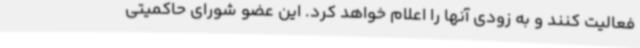
فعالیت کنند و به زودی آنها را اعلام خواهد کرد. این عضو شورای حاکمیتی